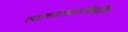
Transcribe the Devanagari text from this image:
त्याच्याकारकिर्दीत